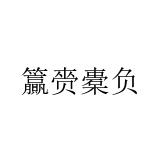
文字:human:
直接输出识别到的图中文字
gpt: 籯赍橐负